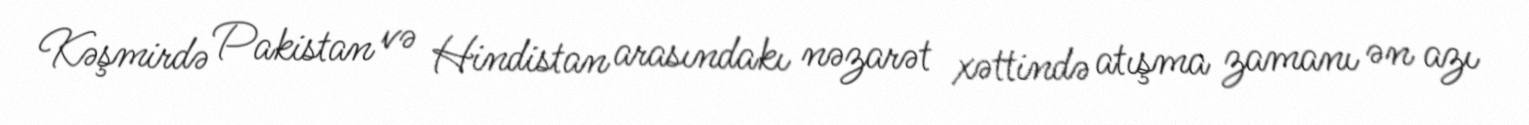
Kəşmirdə Pakistan və Hindistan arasındakı nəzarət xəttində atışma zamanı ən azı